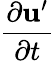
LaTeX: \frac{\partial\mathbf{u}^{\prime}}{\partial t}